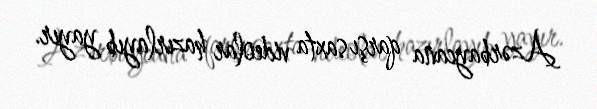
Azərbaycana qarşı saxta videolar hazırlayıb yayır.